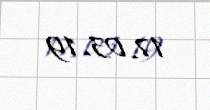
17.03.19